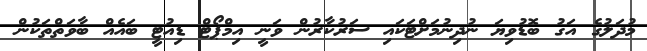
މުދަލުގެ އަގު ބޮޑުވިޔަ ނުދިނުމަށްޓަކައި ސަރުކާރުން ވަނީ އިމްޕޯޓް ޑިއުޓީ ބައެއް ބާވަތްތަކުން